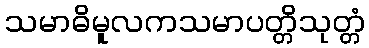
သမာဓိမူလကသမာပတ္တိသုတ္တံ